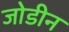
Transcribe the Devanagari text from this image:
जोडीन